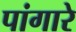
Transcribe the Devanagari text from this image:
पांगारे